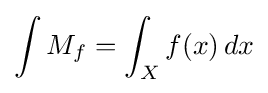
\int M_{f}=\int _{X}f(x)\,dx